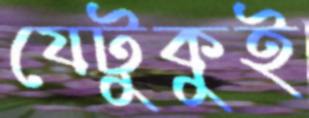
যেটুকুই